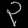
Digit: ၃